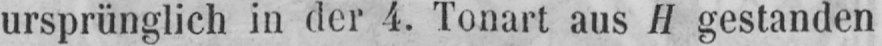
ursprünglich in der 4. Tonart aus H gestanden